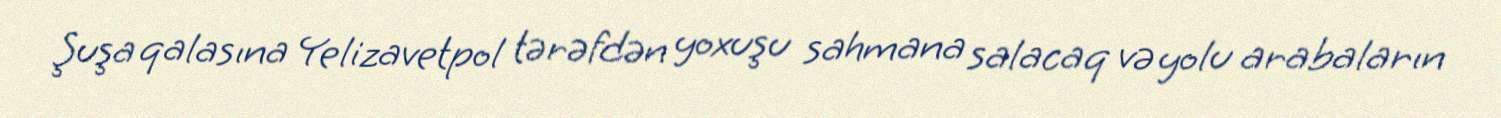
Şuşa qalasına Yelizavetpol tərəfdən yoxuşu sahmana salacaq və yolu arabaların